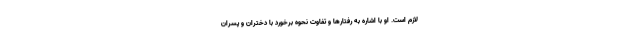
لازم است. او با اشاره به رفتارها و تفاوت نحوه برخورد با دختران و پسران